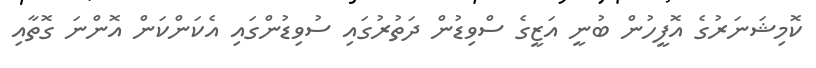
ކޮމިޝަނަރުގެ އޮފީހުން ބުނީ އަޒީގެ ސްވިޑުން ދަތުރުގައި ސުވިޑުންގައި އެކަންކަން އޮންނަ ގޮތާއި